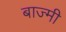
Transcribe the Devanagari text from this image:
बाज्मी